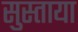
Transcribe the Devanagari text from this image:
सुस्ताया